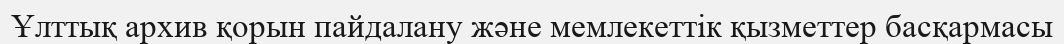
Ұлттық архив қорын пайдалану және мемлекеттік қызметтер басқармасы